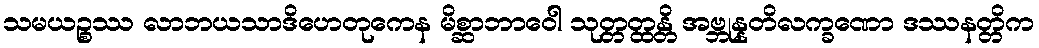
သမယဉ္စဿ လာဘယသာဒိဟေတုကေန မိစ္ဆာဘာဝေါ သုတ္တတ္ထန္တိ အဗ္ဘုန္နတိလက္ခဏော ဒဿနတ္တိက